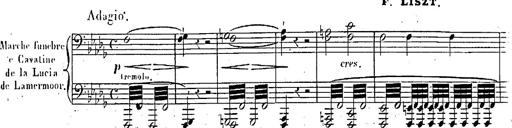
Title: Marche et Cavatine de Lucie de Lammermoor, S.398
Composer: Franz Liszt